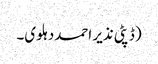
(ڈپٹی نذیر احمددہلوی۔